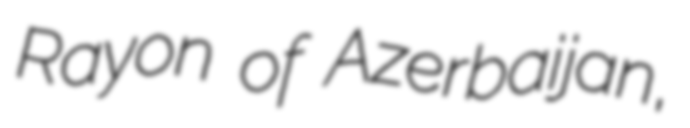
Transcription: Rayon of Azerbaijan,